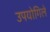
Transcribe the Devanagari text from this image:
उपयोगिले